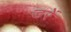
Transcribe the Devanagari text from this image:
डरें